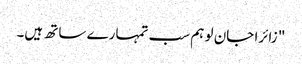
" زائرا جان لو ہم سب تمہارے ساتھ ہیں۔